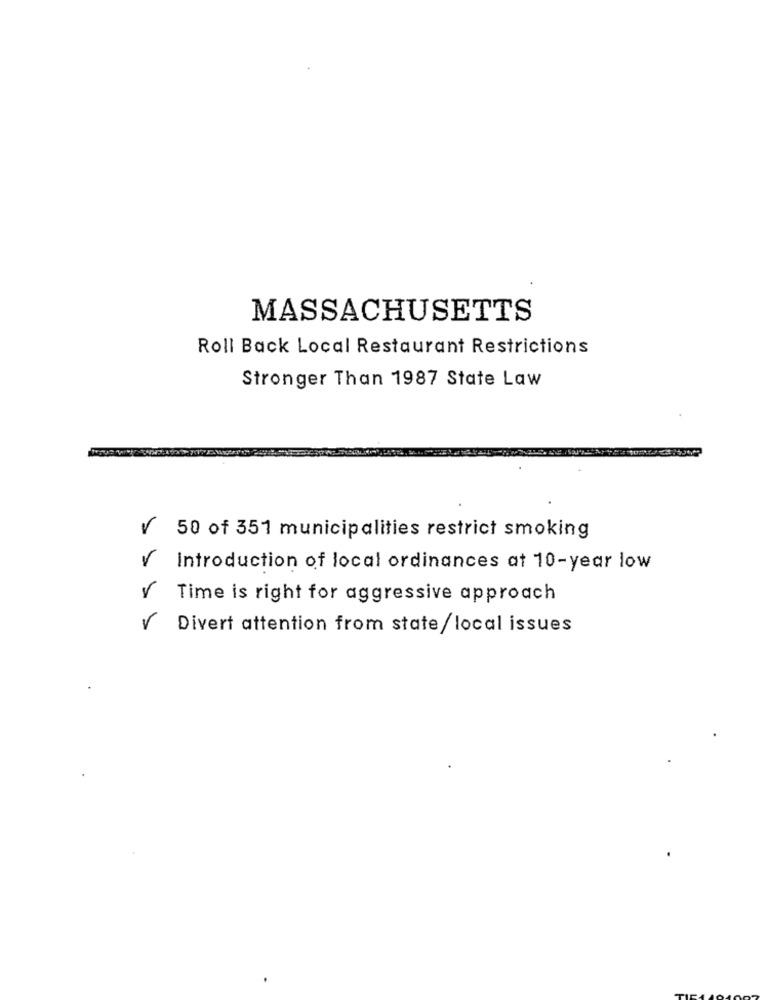
MASSACHUSETTS
Roll Back Local Restaurant Restrictions
Stronger Than 1987 State Law
r
50 of 351 municipalities restrict smoking
Introduction of local ordinances at 10-year low
Time is right for aggressive approach
Divert attention from state/local issues